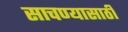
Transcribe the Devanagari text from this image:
साचण्यासाठी